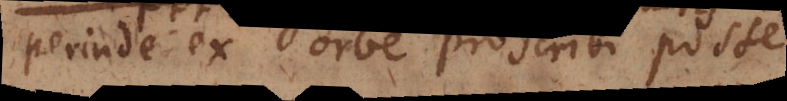
perinde ex orbe proscribi posse,